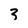
Character: 3